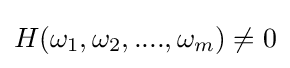
H(\omega _{1},\omega _{2},....,\omega _{m})\neq 0